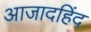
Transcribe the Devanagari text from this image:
आजादहिंद